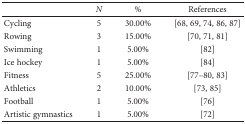
|  | N | % | References |
 | --- | --- | --- | --- |
 | Cycling | 5 | 30.00% | [68, 69, 74, 86, 87] |
 | Rowing | 3 | 15.00% | [70, 71, 81] |
 | Swimming | 1 | 5.00% | [82] |
 | Ice hockey | 1 | 5.00% | [84] |
 | Fitness | 5 | 25.00% | [77–80, 83] |
 | Athletics | 2 | 10.00% | [73, 85] |
 | Football | 1 | 5.00% | [76] |
 | Artistic gymnastics | 1 | 5.00% | [72] |